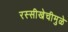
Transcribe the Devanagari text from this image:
रस्सीखेचीमुळे